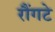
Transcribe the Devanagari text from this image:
रौंगटे